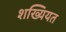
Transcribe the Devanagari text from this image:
शख्यियत